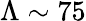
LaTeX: \Lambda\sim 75